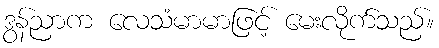
ဒွန်ညာက လေသံမာမာဖြင့် မေးလိုက်သည်။